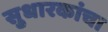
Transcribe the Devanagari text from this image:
सुधारकांचा